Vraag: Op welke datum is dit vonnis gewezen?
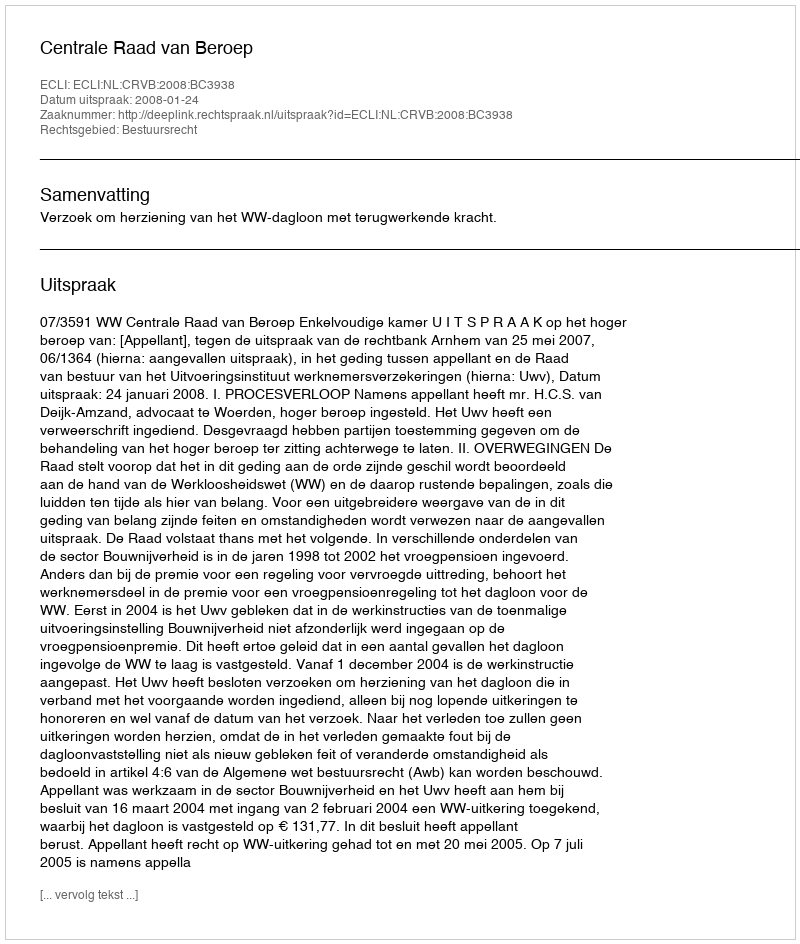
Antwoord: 2008-01-24